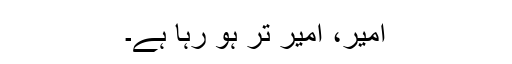
امیر، امیر تر ہو رہا ہے۔